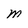
Character: M